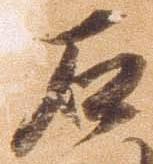
石